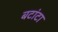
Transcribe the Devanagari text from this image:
बटांटा